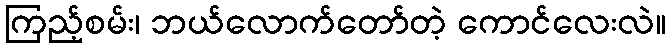
ကြည့်စမ်း၊ ဘယ်လောက်တော်တဲ့ ကောင်လေးလဲ။